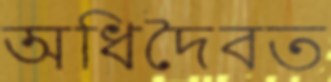
অধিদৈবত